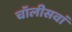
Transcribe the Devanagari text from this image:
चॉलीसवां